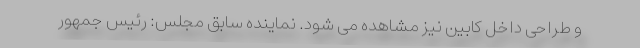
و طراحی داخل کابین نیز مشاهده می شود. نماینده سابق مجلس: رئیس جمهور